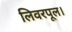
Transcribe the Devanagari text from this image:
लिवरपूल।